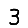
Digit: 3